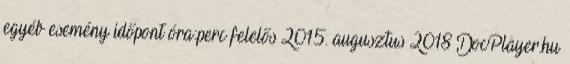
egyéb esemény időpont óra:perc felelős 2015. augusztus 2018 DocPlayer.hu